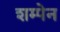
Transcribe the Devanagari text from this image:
शम्पेन